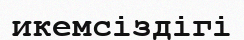
икемсіздігі